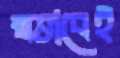
স্বভাবেই